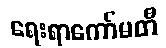
ရေးရာကော်မတီ